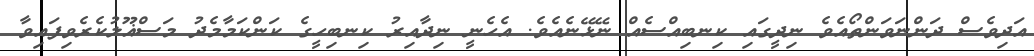
އަދިވެސް ދަންނަވަންތޯއެވެ ނިދީގައި ކިނބިއްސެއް ނޭޅޭނެއެވެ. އެހެނީ ނިދާއިރު ކިނބިހީގެ ކަންކަމާމެދު މަސްޣޫލުކެރެވިފައިވާ